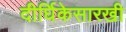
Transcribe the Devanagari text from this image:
दीर्घिकेसारखी